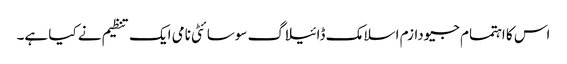
اس کا اہتمام جیودازم اسلامک ڈائیلاگ سوسائٹی نامی ایک تنظیم نے کیا ہے۔